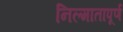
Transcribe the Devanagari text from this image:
निल्मातापूर्ण